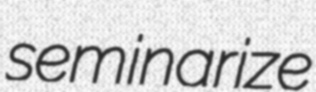
seminarize